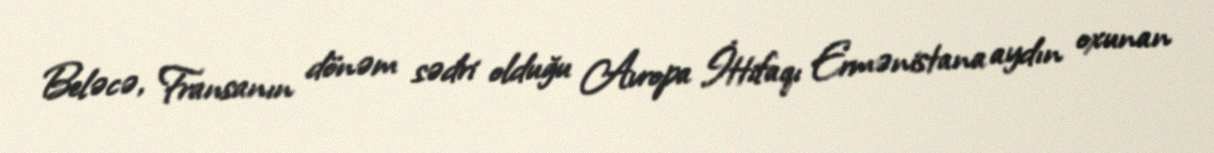
Beləcə, Fransanın dönəm sədri olduğu Avropa İttifaqı Ermənistana aydın oxunan